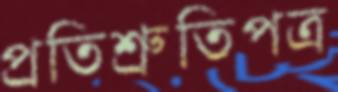
প্রতিশ্রুতিপত্র